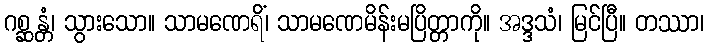
ဂစ္ဆန္တံ၊ သွားသော။ သာမဏေရိံ၊ သာမဏေမိန်းမပြိတ္တာကို။ အဒ္ဒသံ၊ မြင်ပြီ။ တဿာ၊